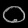
Digit: ၀